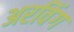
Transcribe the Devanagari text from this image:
अरविंग